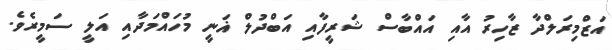
އަޒްމިރަލްދާ ޒާހިރު އާއި އައްބާސް ޝަރީފާއި އަބްދުލް ޣަނީ މުހައްމަދާއި އަލީ ސަމީރެވެ.